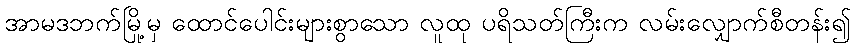
အာမဒဘက်မြို့မှ ထောင်ပေါင်းများစွာသော လူထု ပရိသတ်ကြီးက လမ်းလျှောက်စီတန်း၍